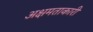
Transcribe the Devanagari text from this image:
अक्षमताकारी